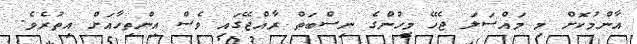
އާންމުކޮށް މި މައްސަލަ ޖެހޭ މީހުންގެ ނިސްބަތް ރާއްޖޭގައި ވެސް އިންތިހާއަށް އިތުރެވެ.